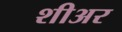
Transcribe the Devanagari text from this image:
शीअर